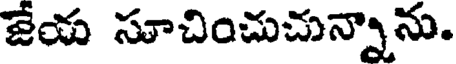
జేయ సూచించుచున్నాను.